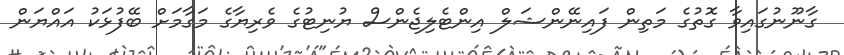
ގާނޫނުގައިވާ ގޮތުގެ މަތިން ފައިނޭންޝަލް އިންޓެލިޖެންސް ޔުނިޓުގެ ވެރިޔާގެ މަގާމަށް ބޭފުޅަކު އައްޔަން